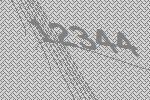
12344